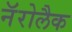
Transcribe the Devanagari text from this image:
नॅरोलैक